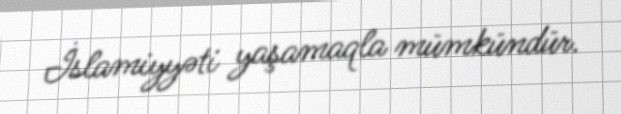
İslamiyyəti yaşamaqla mümkündür.